Document type: Sale
Year: 1423
Scribe: Joan Franc
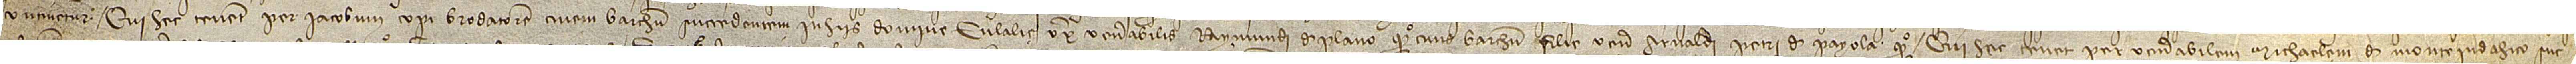
continetur. Qui hec tenent per Iacobum Copi, brodatorem, civem Barchinone, succedentem in hiis domine Eulalie, uxore venerabilis Raymundi de Plano, quondam, civis Barchinone, filie venerabilis Arnaldi Petri de Payola, quondam, qui hec tenet per venerabilem Michaelem de Monteiudahico, suc-